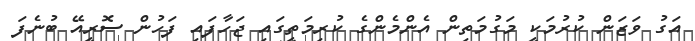
އަގު ވަޒަން ކުރުމަކީ މަގުމަތިން އެންމެންގެ ކުރިމަތީގައި ޖަހާފައި ފަހުން ސޮރީއޭ ބުނެފަ